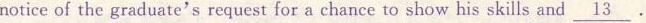
notice of the graduate's request for a chance to show his skills and \underline{13} .